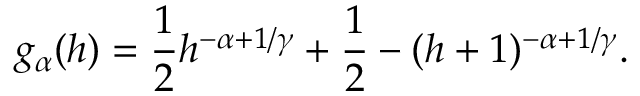
g _ { \alpha } ( h ) = \frac { 1 } { 2 } h ^ { - \alpha + 1 / \gamma } + \frac { 1 } { 2 } - ( h + 1 ) ^ { - \alpha + 1 / \gamma } .